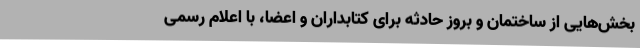
بخش‌هایی از ساختمان و بروز حادثه برای کتابداران و اعضا، با اعلام رسمی